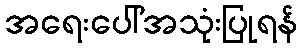
အရေးပေါ်အသုံးပြုရန်